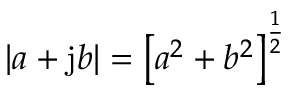
| a + \mathrm { j } b | = \left[ a ^ { 2 } + b ^ { 2 } \right] ^ { \frac { 1 } { 2 } }